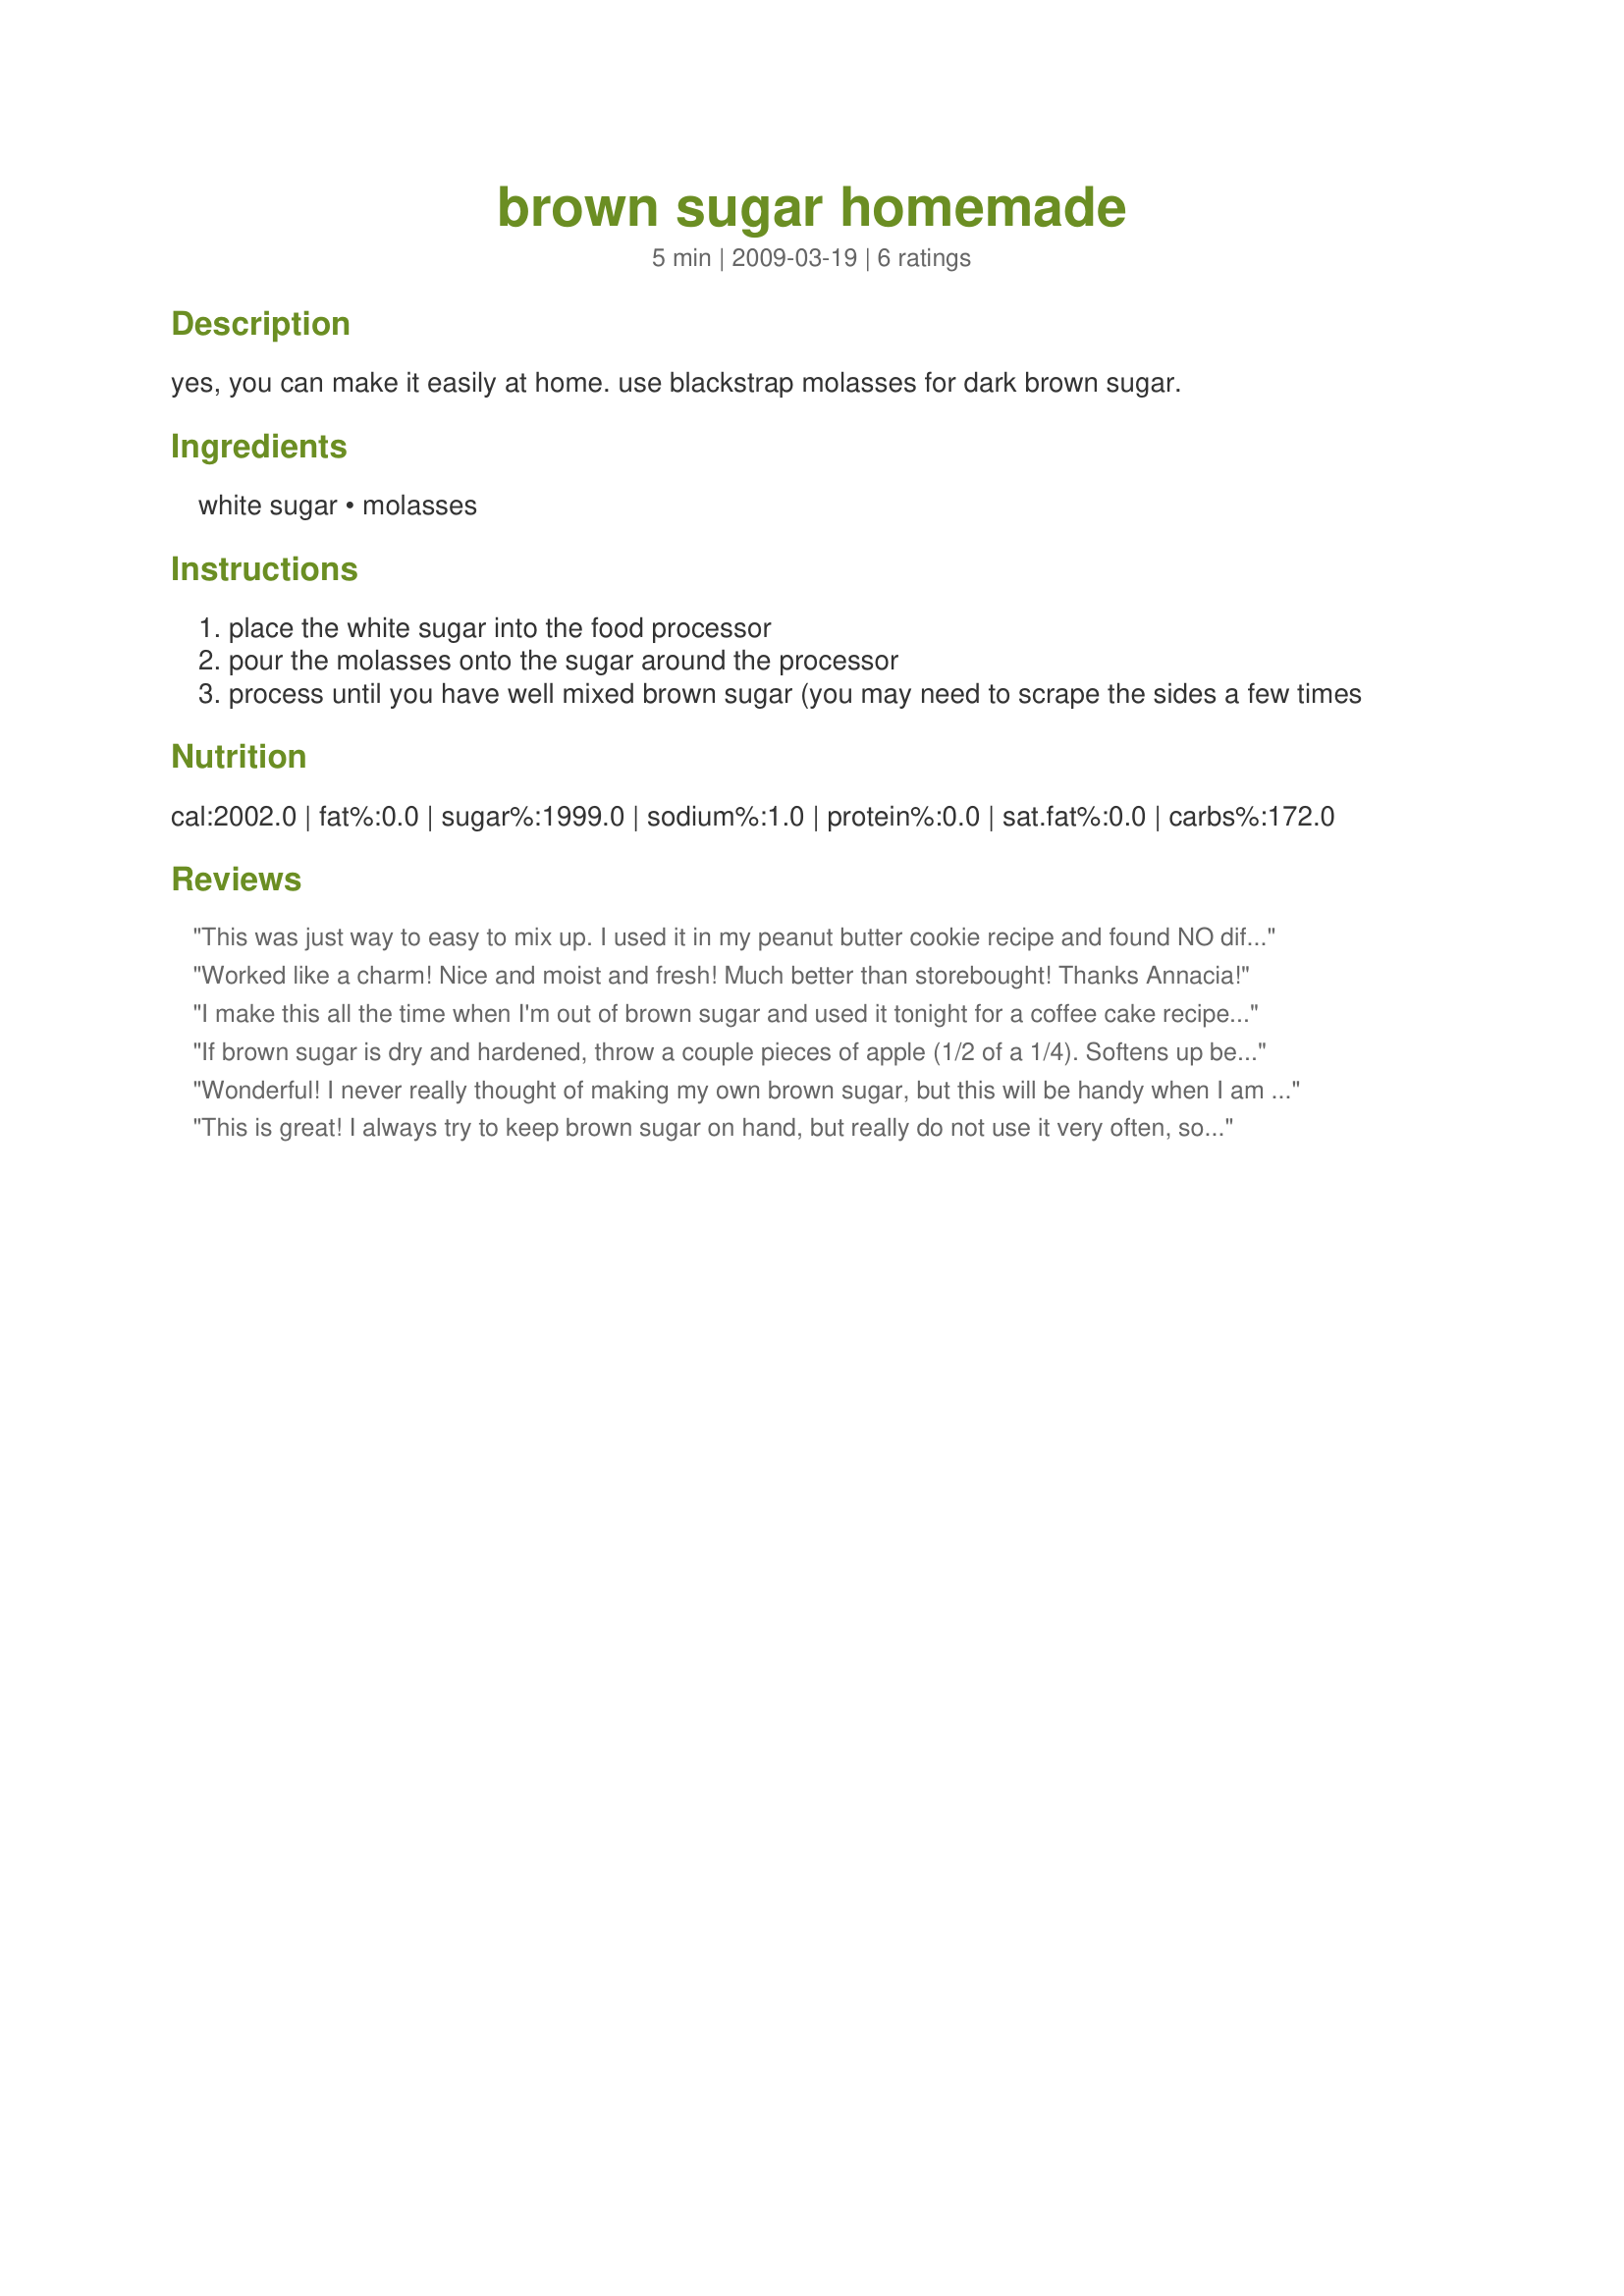
brown sugar homemade
Preparation time: 5 minutes

yes, you can make it easily at home. use blackstrap molasses for dark brown sugar.

Ingredients:
white sugar, molasses

Steps:
place the white sugar into the food processor
pour the molasses onto the sugar around the processor
process until you have well mixed brown sugar (you may need to scrape the sides a few times

Reviews:
This was just way to easy to mix up.
I used it in my peanut butter cookie recipe and found NO difference at all.
GREAT recipe to have on hand to replace store bought brown sugar
Thanks for sharing
Made for Photo Tag
Worked like a charm! Nice and moist and fresh! Much better than storebought! Thanks Annacia!
I make this all the time when I'm out of brown sugar and used it tonight for a coffee cake recipe. Definitely one for the books. So glad you posted it Anna, thanks! :)
If brown sugar is dry and hardened, throw a couple pieces of apple (1/2 of a 1/4). Softens up beautifully. I let it soften for a day or 2.
Wonderful! I never really thought of making my own brown sugar, but this will be handy when I am out of brown sugar. I usually always have molasses on hand. I will use this again.
This is great! I always try to keep brown sugar on hand, but really do not use it very often, so about once a year I end up throwing out a good deal of dry, hardened brown sugar. It's nice to be able to make up a small, fresh batch when needed. Thank you for sharing this amazing method!
